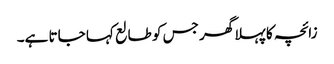
زائچہ کا پہلا گھر جس کو طالع کہا جاتا ہے۔